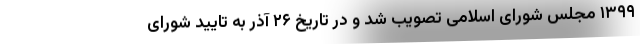
۱۳۹۹ مجلس شورای اسلامی تصویب شد و در تاریخ ۲۶ آذر به تایید شورای